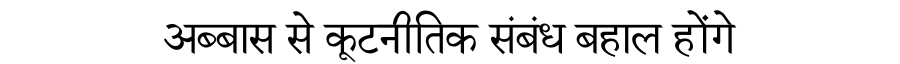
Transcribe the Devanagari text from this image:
अब्बास से कूटनीतिक संबंध बहाल होंगे